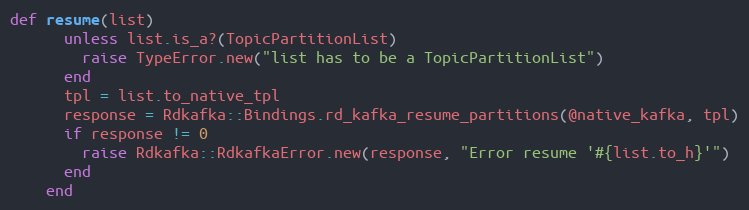
Language: Ruby
def resume(list)
      unless list.is_a?(TopicPartitionList)
        raise TypeError.new("list has to be a TopicPartitionList")
      end
      tpl = list.to_native_tpl
      response = Rdkafka::Bindings.rd_kafka_resume_partitions(@native_kafka, tpl)
      if response != 0
        raise Rdkafka::RdkafkaError.new(response, "Error resume '#{list.to_h}'")
      end
    end